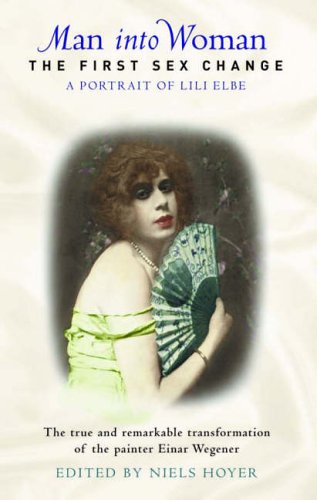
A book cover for Man into Woman: The First Sex Change; Niels Hoyer; Gay & Lesbian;